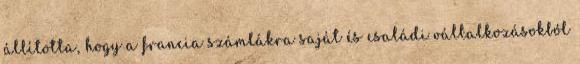
állította, hogy a francia számlákra saját és családi vállalkozásokból